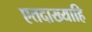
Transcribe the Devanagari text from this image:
एतदाख्याहि